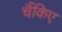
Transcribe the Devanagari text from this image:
चैंकिए